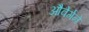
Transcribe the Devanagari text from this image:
औवेर्गने